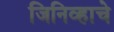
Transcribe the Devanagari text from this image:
जिनिव्हाचे